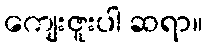
ကျေးဇူးပါ ဆရာ။